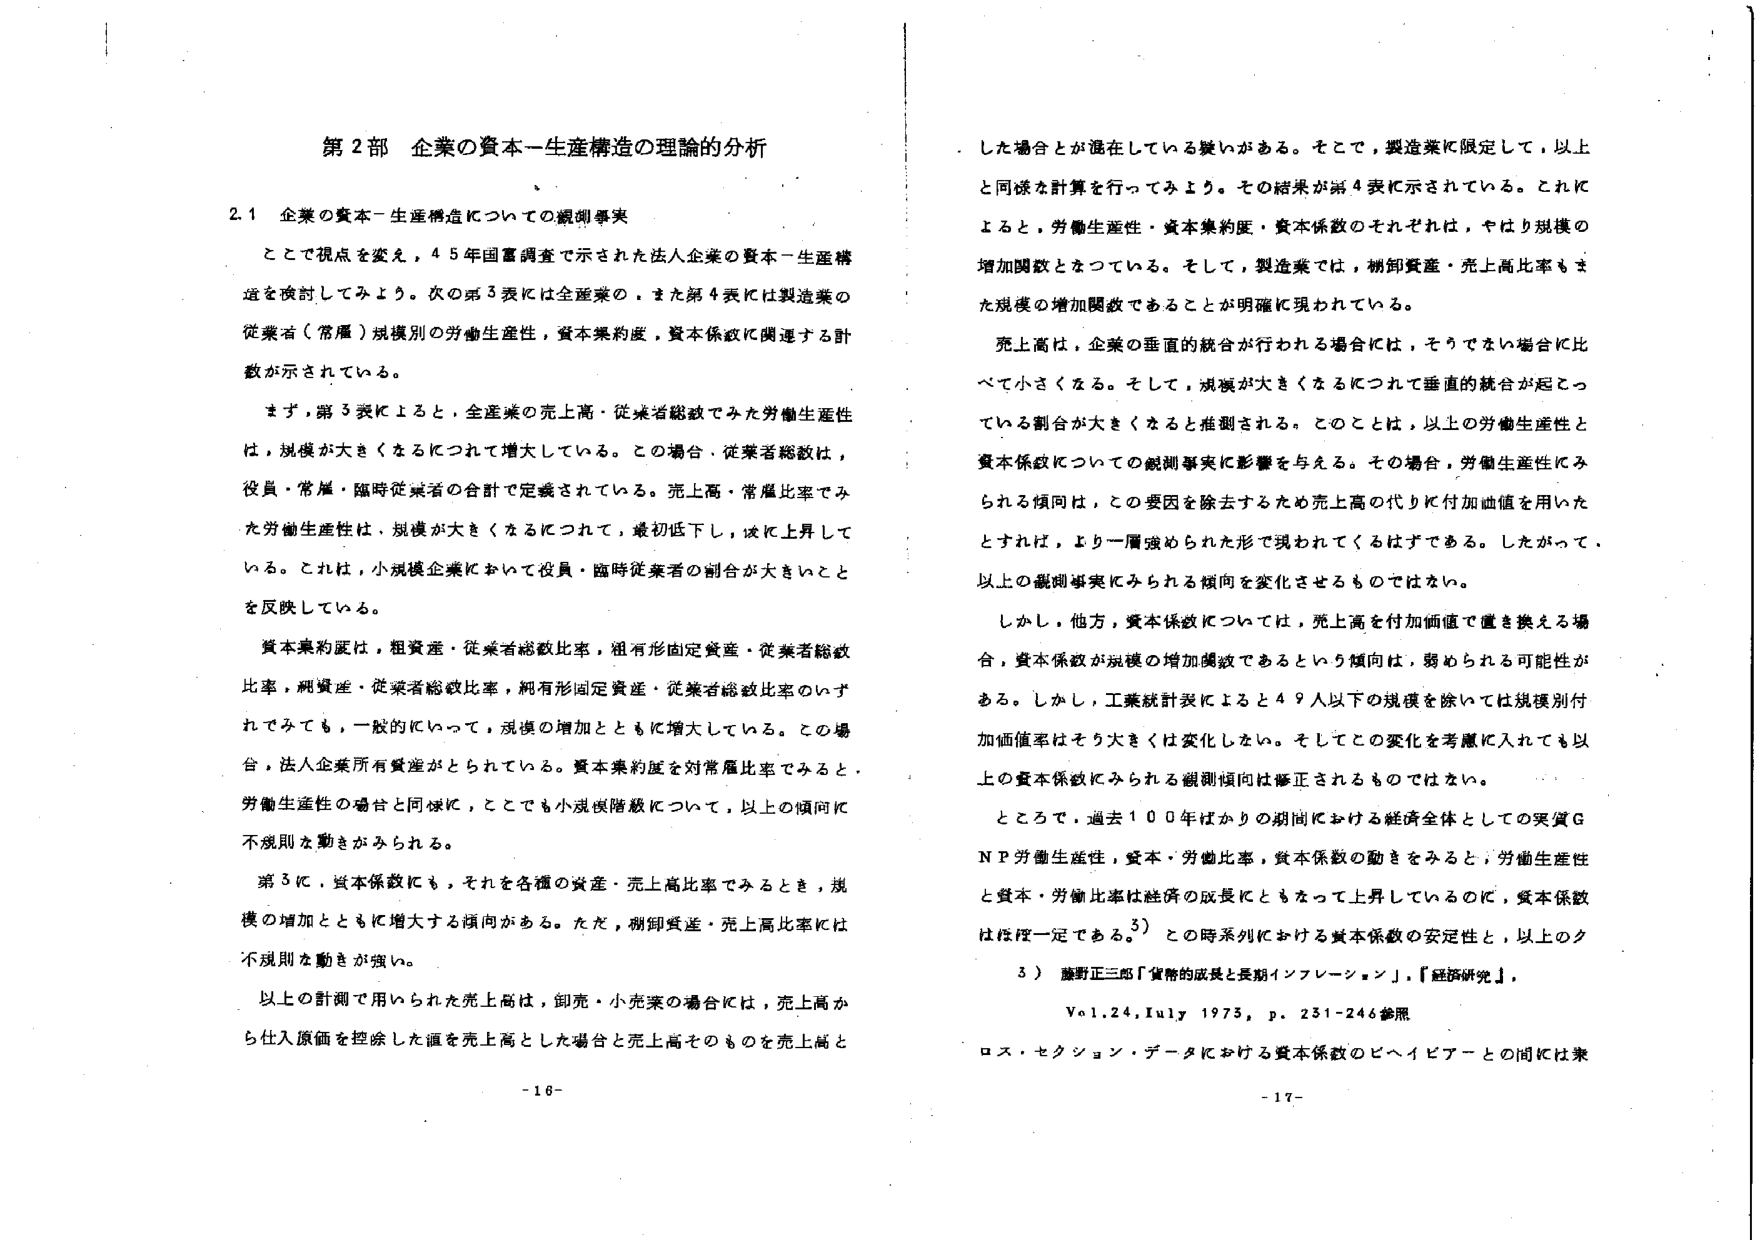
第２部 企業の資本－生産構造の理論的分析

２．１ 企業の資本－生産構造についての観測事実

ここで視点を変え，４５年国富調査で示された法人企業の資本－生産構造を検討してみよう。次の第３表には全産業の，また第４表には製造業の従業者（常雇）規模別の労働生産性，資本集約度，資本係数に関連する計数が示されている。

まず，第３表によると，全産業の売上高・従業者総数でみた労働生産性は，規模が大きくなるにつれて増大している。この場合，従業者総数は，役員・常雇・臨時従業者の合計で定義されている。売上高・常雇比率でみた労働生産性は，規模が大きくなるにつれて，最初低下し，後に上昇している。これは，小規模企業において役員・臨時従業者の割合が大きいことを反映している。

資本集約度は，粗資産・従業者総数比率，粗有形固定資産・従業者総数比率，純資産・従業者総数比率，純有形固定資産・従業者総数比率のいずれでみても，一般的にいって，規模の増加とともに増大している。この場合，法人企業所有資産がとられている。資本集約度を対常雇比率でみると，労働生産性の場合と同様に，どこでも小規模階級について，以上の傾向に不規則な動きがみられる。

第３に，資本係数にも，それを各種の資産・売上高比率でみると，規模の増加とともに増大する傾向がある。ただ，棚卸資産・売上高比率には不規則な動きが強い。

以上の計測で用いられた売上高は，卸売・小売業の場合には，売上高から仕入原価を控除した値を売上高とした場合と売上高そのものを売上高と

した場合とが混在している疑いがある。そこで，製造業に限定して，以上と同様な計算を行ってみよう。その結果が第４表に示されている。これによると，労働生産性・資本集約度・資本係数のそれぞれは，やはり規模の増加関数となっている。そして，製造業では，棚卸資産・売上高比率もまた規模の増加関数であることが明確に現われている。

売上高は，企業の垂直的統合が行われる場合には，そうでない場合に比べて小さくなる。そして，規模が大きくなるにつれて垂直的統合が起こっている割合が大きくなると推測される。このことは，以上の労働生産性と資本係数についての観測事実に影響を与える。その場合，労働生産性にみられる傾向は，この要因を除去するため売上高の代りに付加価値を用いたとすれば，より一層強められた形で現われてくるはずである。したがって，以上の観測事実にみられる傾向を変化させるものではない。

しかし，他方，資本係数については，売上高を付加価値に置き換える場合，資本係数が規模の増加関数であるという傾向は，弱められる可能性がある。しかし，工業統計表によると４９人以下の規模を除いては規模別付加価値率はそう大きくは変化しない。そしてこの変化を考慮に入れても以上の資本係数にみられる観測傾向は修正されるものではない。

ところで，過去１００年ばかりの期間における経済全体としての実質ＧＮＰ労働生産性，資本・労働比率，資本係数の動きをみると，労働生産性と資本・労働比率は経済の成長にともなって上昇しているのに，資本係数はほぼ一定である。３）この時系列における資本係数の安定性と，以上のク

３）藤野正三郎「貨幣的成長と長期インフレーション」，『経済研究』，Vol.24, July 1973, p. 231-246 参照

ロス・セクション・データにおける資本係数のベハイビアーとの間には業

- 16 -

- 17 -